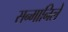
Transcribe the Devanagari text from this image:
सन्मानिले